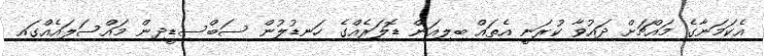
އެކަމަނާގެ މައްޗަށް ދައުވާ ކުރަނީ އެތައް ބިލިއަން ޑޮލަރެއްގެ ހަނޑުލުން ސަބްސިޑީދިން މައްސަލައެއްގައި